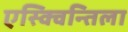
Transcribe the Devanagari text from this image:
एस्क्विन्तिला